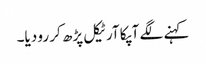
کہنے لگے آپکا آرٹیکل پڑھ کر رو دیا۔